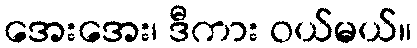
အေးအေး၊ ဒီကား ဝယ်မယ်။